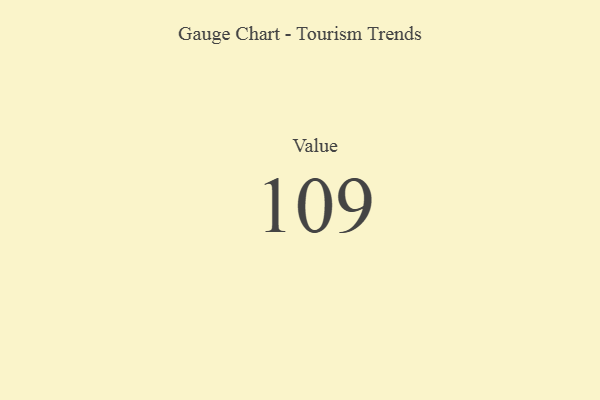
{"axis": {"x": "Metric", "y": "Value"}, "legend": [""], "data": [{"x": "Value", "y": 109, "type": ""}]}